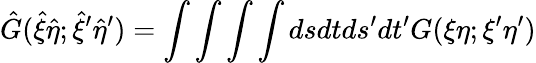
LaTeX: {\hat{G}}({\hat{\xi}}{\hat{\eta}};{\hat{\xi}}^{\prime}{\hat{\eta}}^{\prime})=\int\int\int\int dsdtds^{\prime}dt^{\prime}G(\xi\eta;{\xi}^{\prime}{\eta}^{\prime})